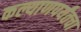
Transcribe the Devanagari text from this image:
कल्याणपर्यंतचा